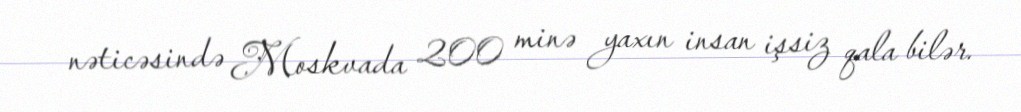
nəticəsində Moskvada 200 minə yaxın insan işsiz qala bilər.